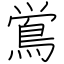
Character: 鴬